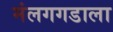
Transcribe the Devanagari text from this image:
मंलगगडाला